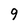
Character: g